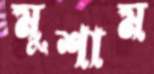
মুশাম